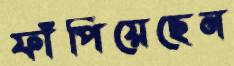
ফাঁপিয়েছেন